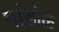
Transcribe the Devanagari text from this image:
मांडोळ